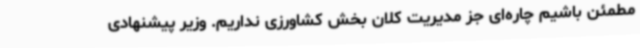
مطمئن باشیم چاره‌ای جز مدیریت کلان بخش کشاورزی نداریم. وزیر پیشنهادی